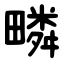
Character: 疄